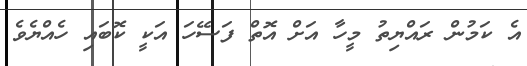
އެ ކަމުން ރައްޔިތު މީހާ އަށް އޮތް ފަސޭހަ އަކީ ކޮބައި ހެއްޔެވެ